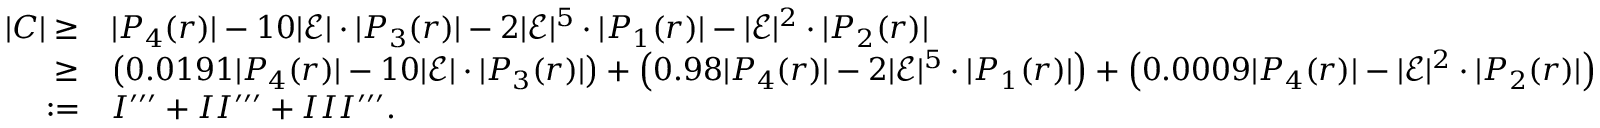
\begin{array} { r l } { | C | \geq } & { | P _ { 4 } ( r ) | - 1 0 | \mathcal { E } | \cdot | P _ { 3 } ( r ) | - 2 | \mathcal { E } | ^ { 5 } \cdot | P _ { 1 } ( r ) | - | \mathcal { E } | ^ { 2 } \cdot | P _ { 2 } ( r ) | } \\ { \geq } & { \left( 0 . 0 1 9 1 | P _ { 4 } ( r ) | - 1 0 | \mathcal { E } | \cdot | P _ { 3 } ( r ) | \right) + \left( 0 . 9 8 | P _ { 4 } ( r ) | - 2 | \mathcal { E } | ^ { 5 } \cdot | P _ { 1 } ( r ) | \right) + \left( 0 . 0 0 0 9 | P _ { 4 } ( r ) | - | \mathcal { E } | ^ { 2 } \cdot | P _ { 2 } ( r ) | \right) } \\ { : = } & { I ^ { \prime \prime \prime } + I I ^ { \prime \prime \prime } + I I I ^ { \prime \prime \prime } . } \end{array}